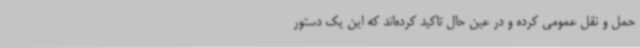
حمل و نقل عمومی کرده‌ و در عین حال تاکید کرده‌اند که این یک دستور